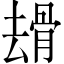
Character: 𠬒